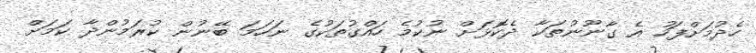
ހެދުމަށްފަހު އެ ގާނޫނުތަކާ ދެކޮޅަށް ނުކުމެ ހައްގުތަކުގެ ނަހަމަ ބޭނުން ކުރަމުންދާ ކަމަށް